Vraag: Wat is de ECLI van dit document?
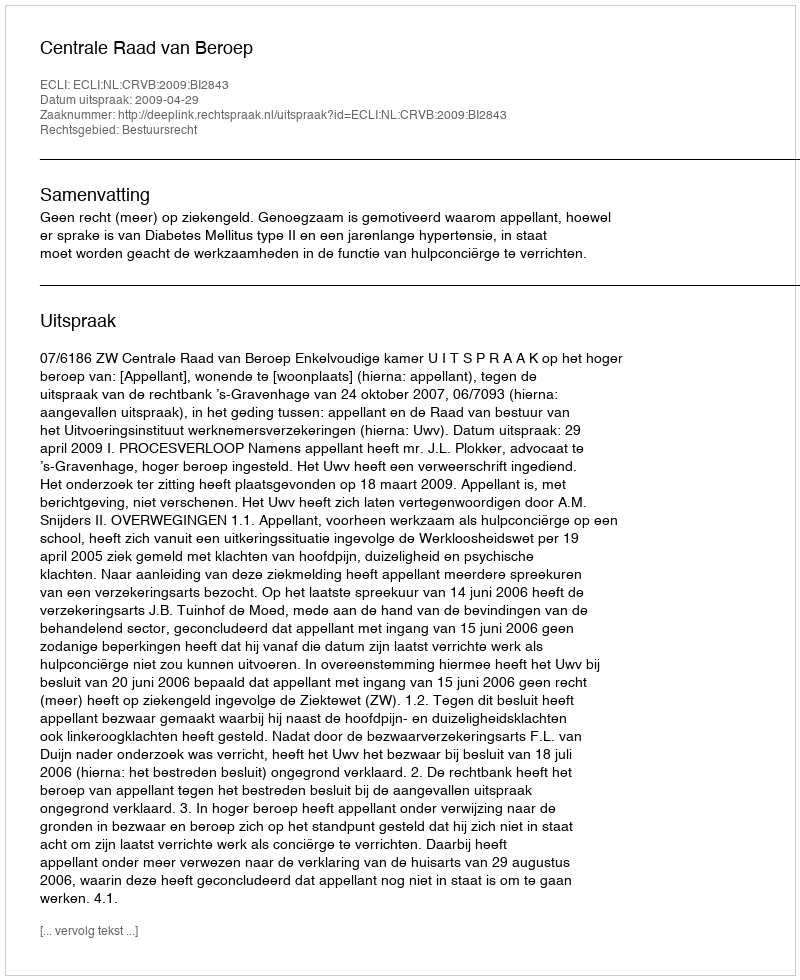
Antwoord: ECLI:NL:CRVB:2009:BI2843